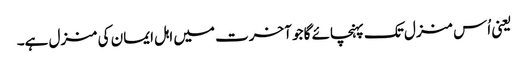
یعنی اُس منزل تک پہنچائے گا جو آخرت میں اہل ایمان کی منزل ہے۔